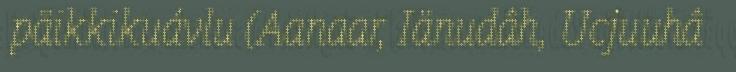
päikkikuávlu (Aanaar, Iänudâh, Ucjuuhâ